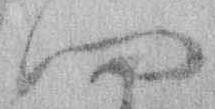
四